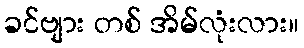
ခင်ဗျား တစ် အိမ်လုံးလား။